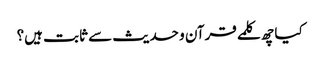
کیا چھ کلمے قرآن و حدیث سے ثابت ہیں؟